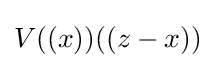
V((x))((z-x))